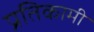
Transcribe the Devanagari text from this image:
प्रतिकामी